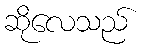
ဆိုလေသည်